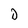
Character: D